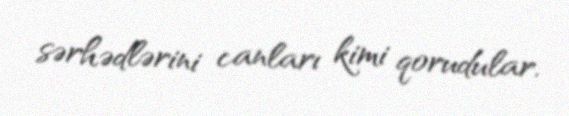
sərhədlərini canları kimi qorudular.